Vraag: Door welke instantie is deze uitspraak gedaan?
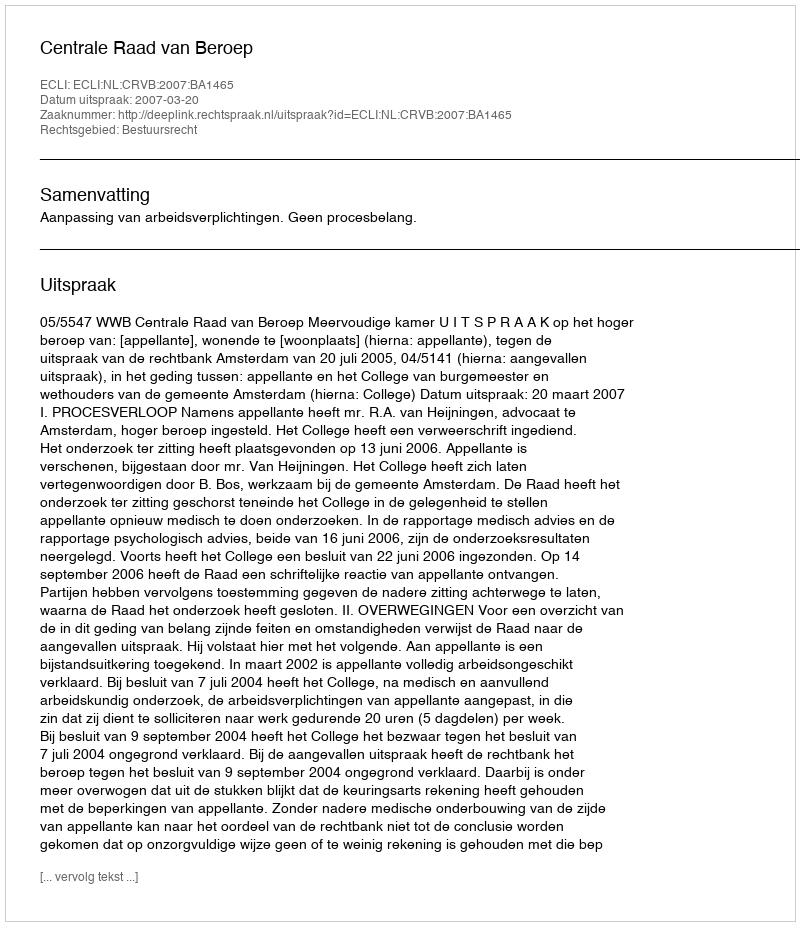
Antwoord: Centrale Raad van Beroep